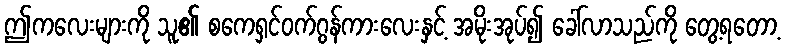
ဤကလေးများကို သူ၏ စကေရှင်ဝက်ဂွန်ကားလေးနှင့် အမိုးအုပ်၍ ခေါ်လာသည်ကို တွေ့ရတော့